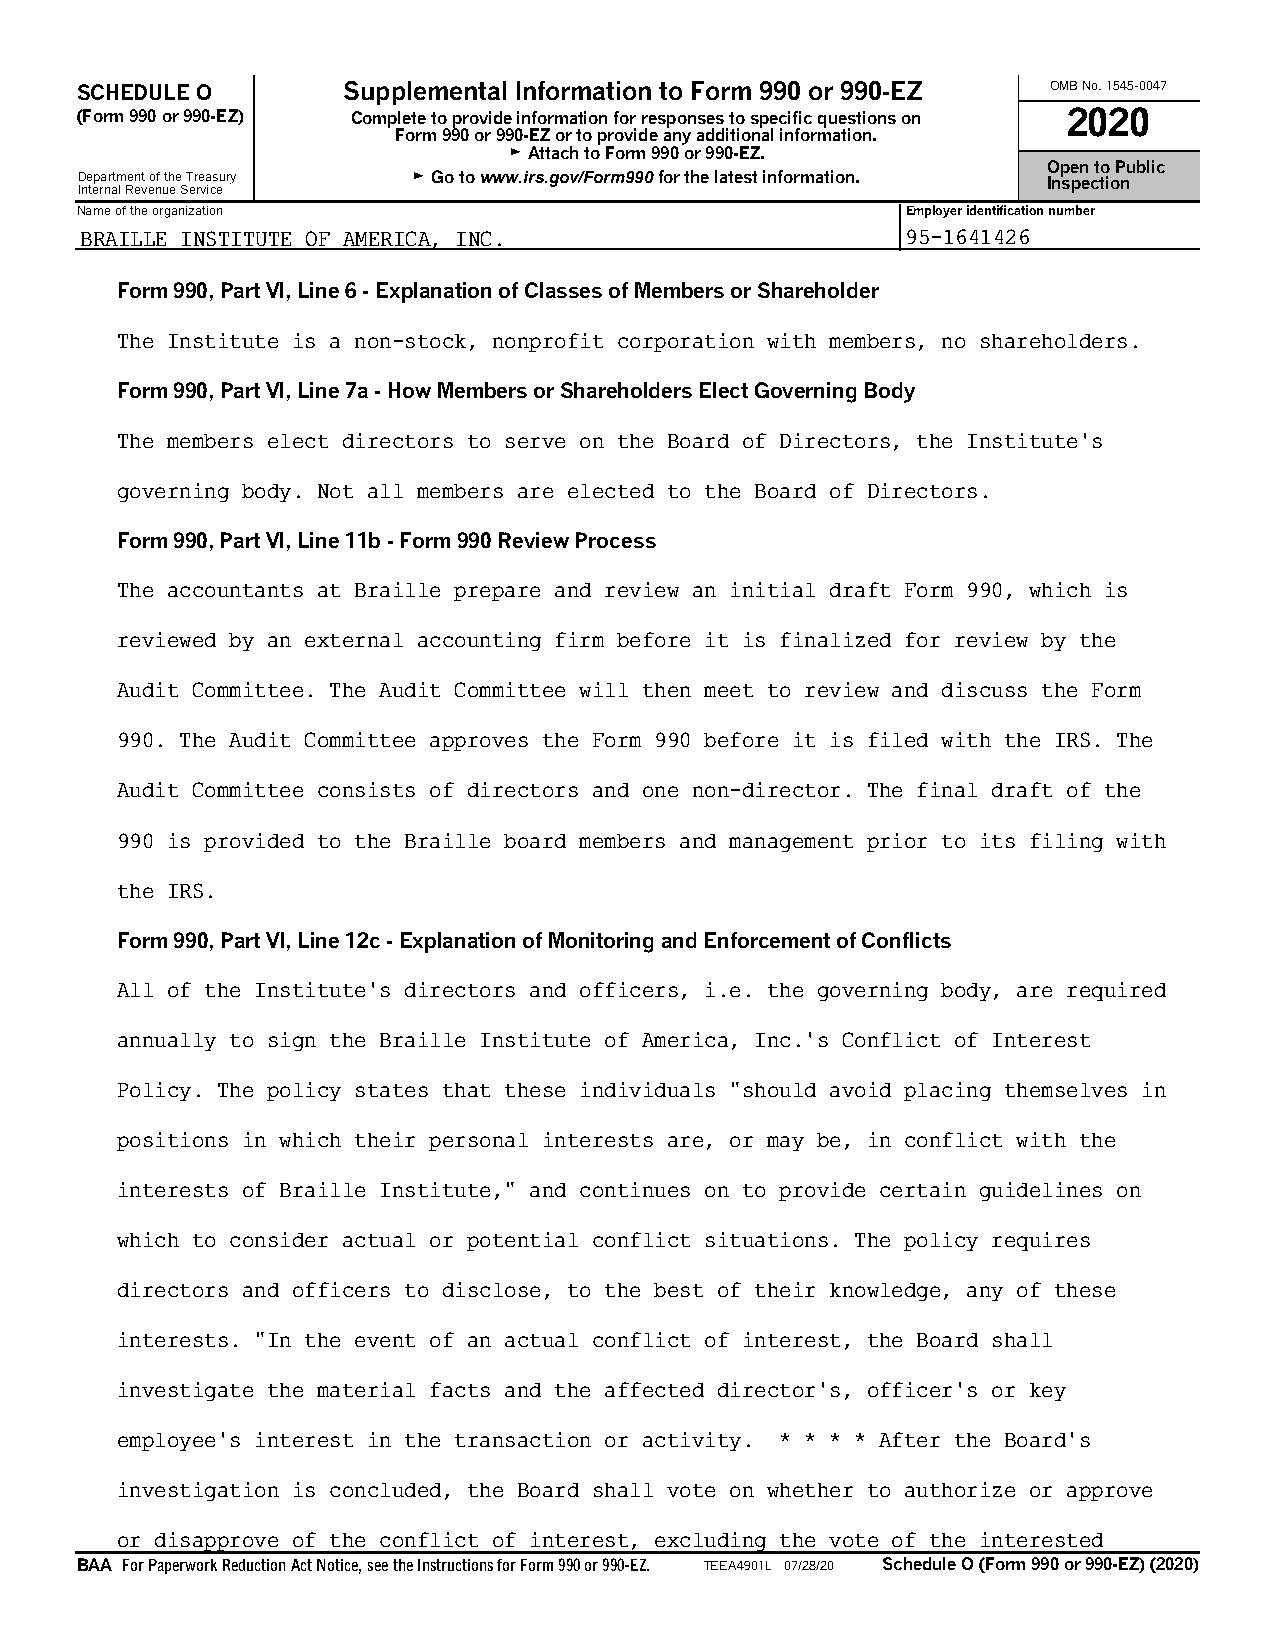
SCHEDULE O        Supplemental Information to Form 990 or 990-EZ OMB No. 1545-0047
 (Form 990 or 990-EZ) Complete to provide information for responses to specific questions on 2020
 Form 990 or 990-EZ or to provide any additional information.
 G Attach to Form 990 or 990-EZ.
 Open to Public
 Department of the Treasury G Go to www.irs.gov/Form990 for the latest information. Inspection
 Internal Revenue Service
 Name of the organization                               Employer identification number
 BRAILLE INSTITUTE OF AMERICA, INC.                     95-1641426
 Form 990, Part VI, Line 6 - Explanation of Classes of Members or Shareholder
 The Institute is a non-stock, nonprofit corporation with members, no shareholders.
 Form 990, Part VI, Line 7a - How Members or Shareholders Elect Governing Body
 The members elect directors to serve on the Board of Directors, the Institute's
 governing body. Not all members are elected to the Board of Directors.
 Form 990, Part VI, Line 11b - Form 990 Review Process
 The accountants at Braille prepare and review an initial draft Form 990, which is
 reviewed by an external accounting firm before it is finalized for review by the
 Audit Committee. The Audit Committee will then meet to review and discuss the Form
 990. The Audit Committee approves the Form 990 before it is filed with the IRS. The
 Audit Committee consists of directors and one non-director. The final draft of the
 990 is provided to the Braille board members and management prior to its filing with
 the IRS.
 Form 990, Part VI, Line 12c - Explanation of Monitoring and Enforcement of Conflicts
 All of the Institute's directors and officers, i.e. the governing body, are required
 annually to sign the Braille Institute of America, Inc.'s Conflict of Interest
 Policy. The policy states that these individuals "should avoid placing themselves in
 positions in which their personal interests are, or may be, in conflict with the
 interests of Braille Institute," and continues on to provide certain guidelines on
 which to consider actual or potential conflict situations. The policy requires
 directors and officers to disclose, to the best of their knowledge, any of these
 interests. "In the event of an actual conflict of interest, the Board shall
 investigate the material facts and the affected director's, officer's or key
 employee's interest in the transaction or activity. * * * * After the Board's
 investigation is concluded, the Board shall vote on whether to authorize or approve
 or disapprove of the conflict of interest, excluding the vote of the interested
 BAA For Paperwork Reduction Act Notice, see the Instructions for Form 990 or 990-EZ. TEEA4901L 07/28/20 Schedule O (Form 990 or 990-EZ) (2020)